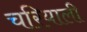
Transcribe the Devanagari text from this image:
चरियाली